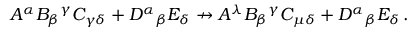
A ^ { \alpha } B _ { \beta } { } ^ { \gamma } C _ { \gamma \delta } + D ^ { \alpha } { } _ { \beta } { } E _ { \delta } \nrightarrow A ^ { \lambda } B _ { \beta } { } ^ { \gamma } C _ { \mu \delta } + D ^ { \alpha } { } _ { \beta } { } E _ { \delta } \, .